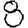
Digit: 8